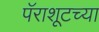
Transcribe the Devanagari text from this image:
पॅराशूटच्या